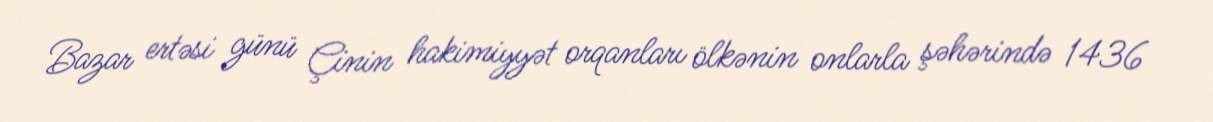
Bazar ertəsi günü Çinin hakimiyyət orqanları ölkənin onlarla şəhərində 1436